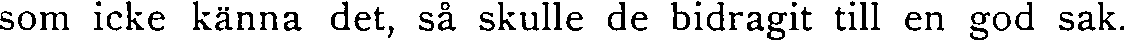
som icke känna det, så skulle de bidragit till en god sak.